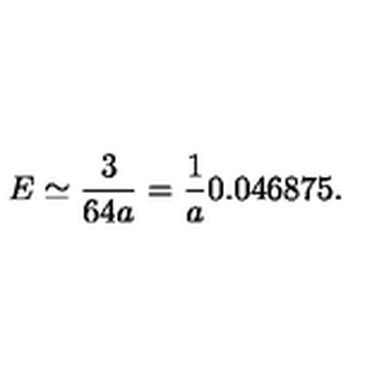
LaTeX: E \simeq \frac { 3 } { 6 4 a } = \frac { 1 } { a } 0 . 0 4 6 8 7 5 .